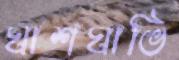
ঘাশঘাভি